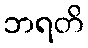
ဘရတိ